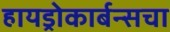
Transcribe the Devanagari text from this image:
हायड्रोकार्बन्सचा